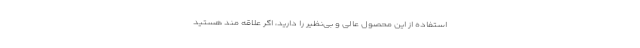
استفاده از این محصول عالی و بی‌نظیر را دارید، اگر علاقه مند هستید